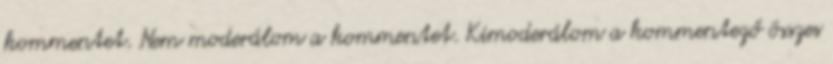
kommentet. Nem moderálom a kommentet. Kimoderálom a kommentező összes